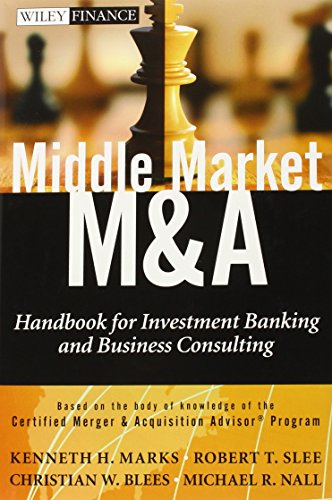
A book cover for Middle Market M & A: Handbook for Investment Banking and Business Consulting; Kenneth H. Marks; Business & Money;